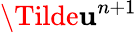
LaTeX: \Tilde{\textbf{u}}^{n+1}